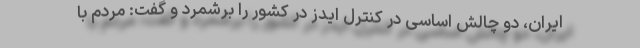
ایران، دو چالش اساسی در کنترل ایدز در کشور را برشمرد و گفت: مردم با